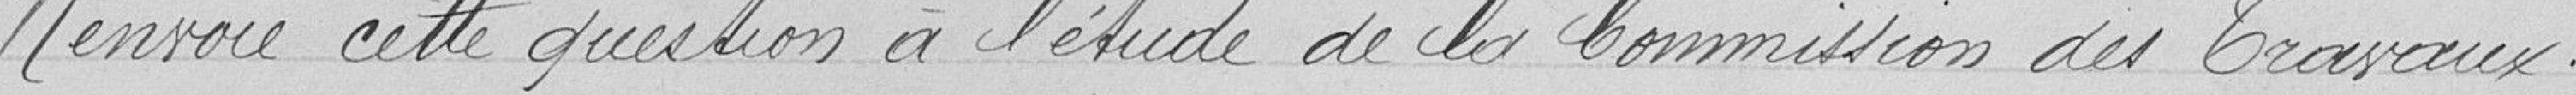
Renvoie cette question à l'étude de la Commission des travaux.